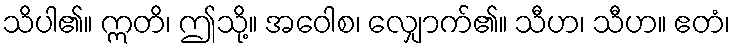
သိပါ၏။ ဣတိ၊ ဤသို့။ အဝေါစ၊ လျှောက်၏။ သီဟ၊ သီဟ။ ဧတံ၊